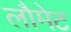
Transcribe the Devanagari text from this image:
लौमेट